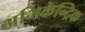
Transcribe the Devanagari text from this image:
अभिकेन्द्रिक